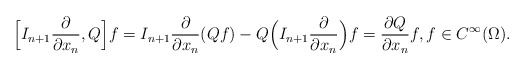
\begin{align*} \Bigl[I_{n+1}\frac{\partial }{\partial x_n},Q\Bigr]f = I_{n+1}\frac{\partial }{\partial x_n}(Qf) - Q \Bigl(I_{n+1}\frac{\partial }{\partial x_n}\Bigr)f = \frac{\partial Q}{\partial x_n}f,f\in C^{\infty}(\Omega). \end{align*}